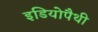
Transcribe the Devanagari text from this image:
इडियोपैथी